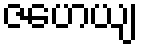
ဇဟေယျ